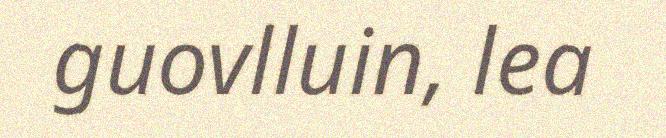
guovlluin, lea